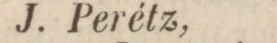
J. Perétz,